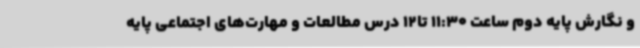
و نگارش پایه دوم ساعت 11:30 تا12 درس مطالعات و مهارت‌های اجتماعی پایه